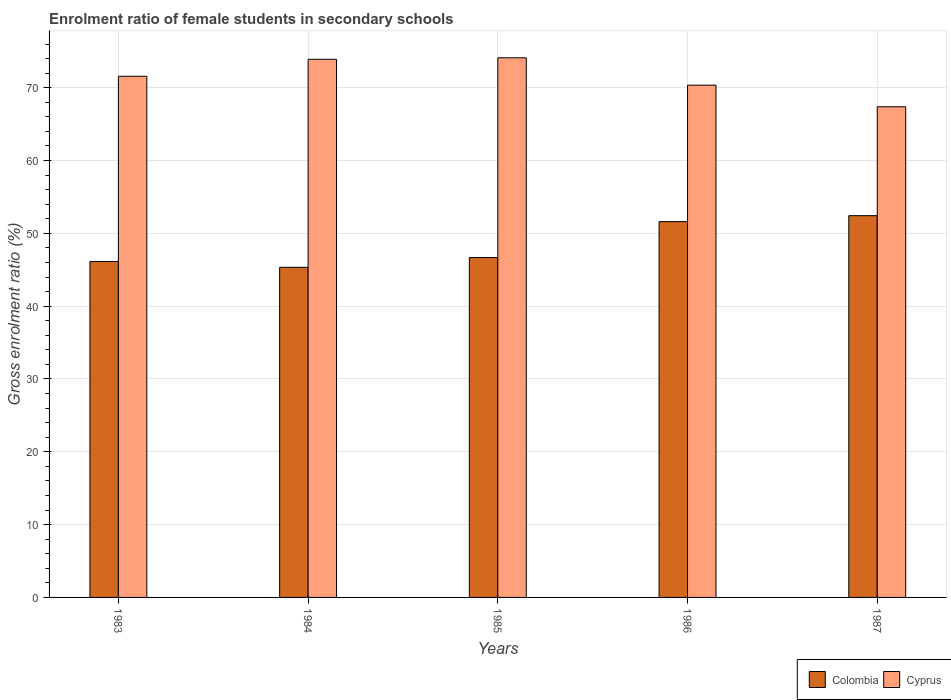
| Years | Colombia | Cyprus |
 | --- | --- | --- |
 | 1983 | 46.1 | 71.6 |
 | 1984 | 45.3 | 73.9 |
 | 1985 | 46.7 | 74.1 |
 | 1986 | 51.6 | 70.3 |
 | 1987 | 52.4 | 67.4 |